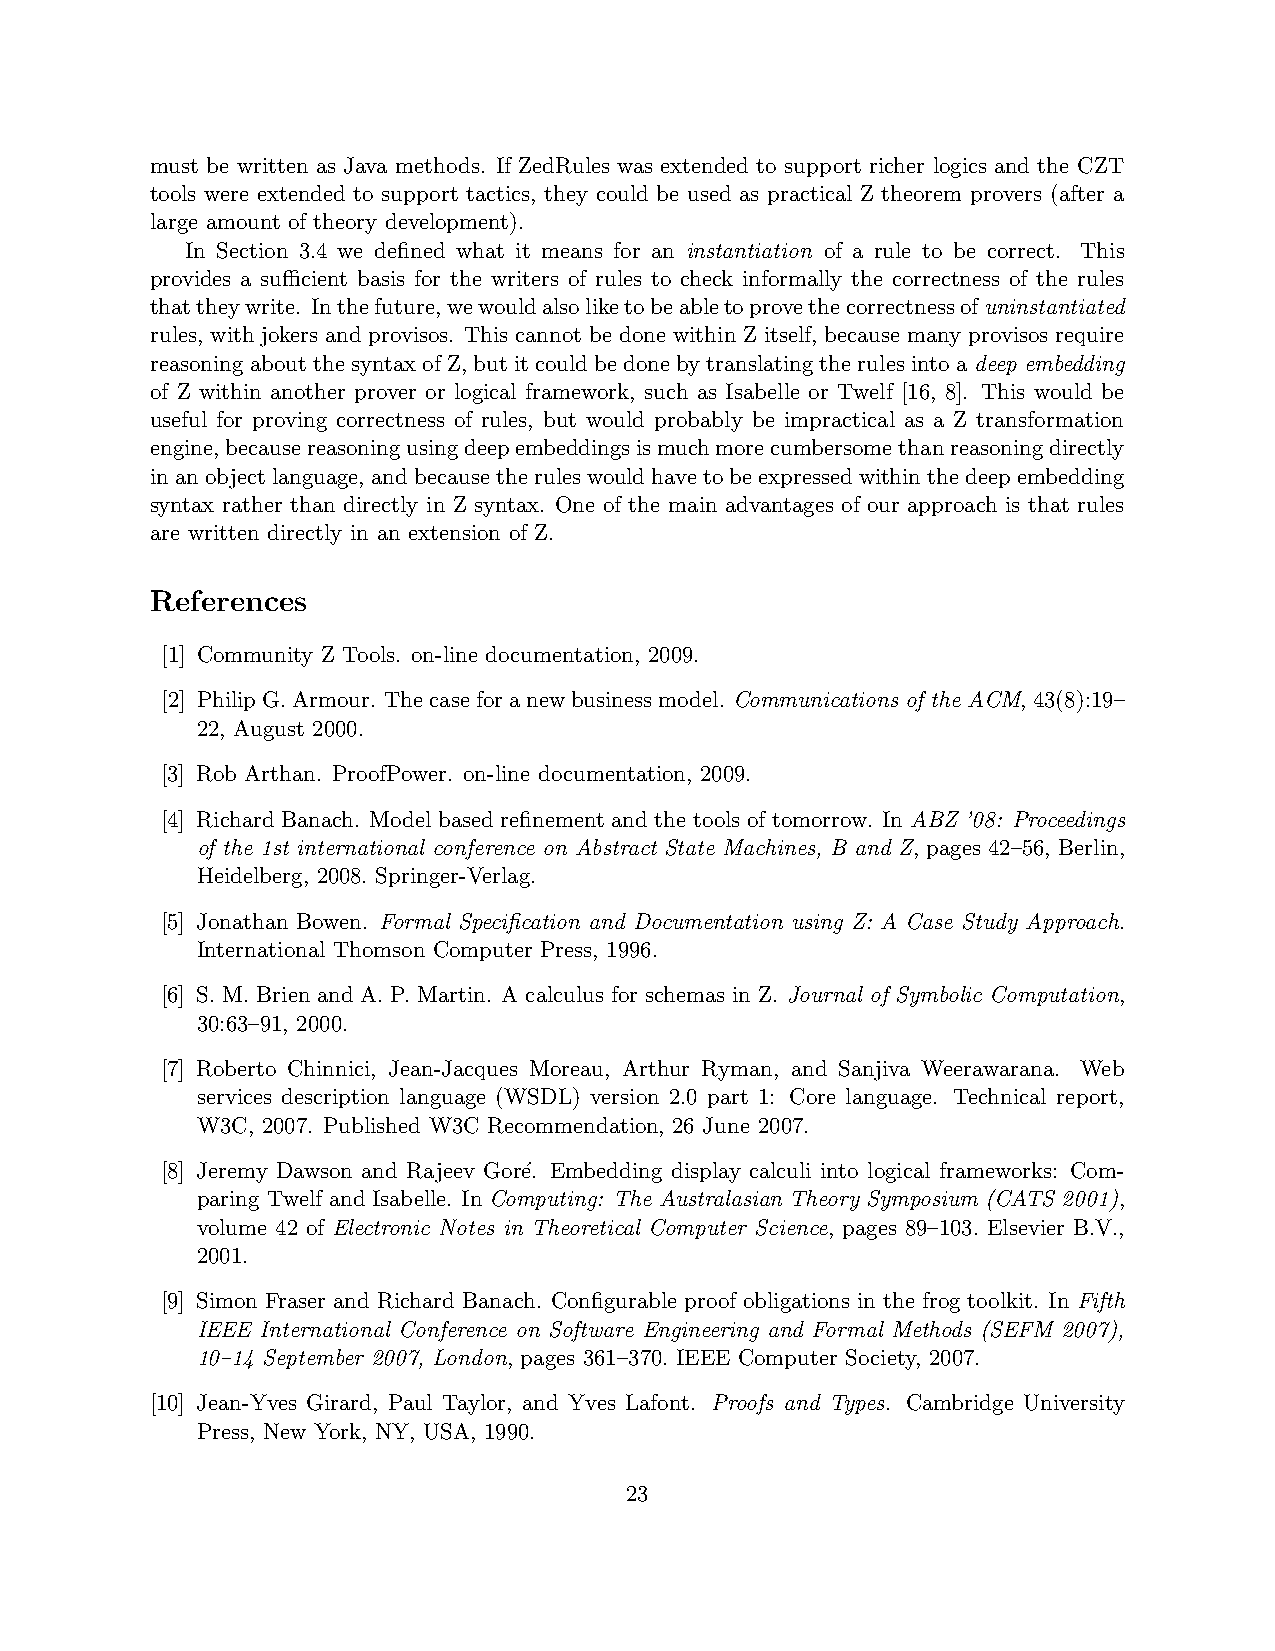
must be written as Java methods. If ZedRules was extended to support richer logics and the CZT
 tools were extended to support tactics, they could be used as practical Z theorem provers (after a
 large amount of theory development).
 In Section 3.4 we defined what it means for an instantiation of a rule to be correct. This
 provides a sufficient basis for the writers of rules to check informally the correctness of the rules
 thattheywrite. Inthefuture,wewouldalsoliketobeabletoprovethecorrectnessofuninstantiated
 rules, with jokers and provisos. This cannot be done within Z itself, because many provisos require
 reasoningaboutthesyntaxofZ,butitcouldbedonebytranslatingtherulesintoadeep embedding
 of Z within another prover or logical framework, such as Isabelle or Twelf [16, 8]. This would be
 useful for proving correctness of rules, but would probably be impractical as a Z transformation
 engine,becausereasoningusingdeepembeddingsismuchmorecumbersomethanreasoningdirectly
 inanobjectlanguage, andbecausetheruleswouldhavetobeexpressedwithinthedeepembedding
 syntax rather than directly in Z syntax. One of the main advantages of our approach is that rules
 are written directly in an extension of Z.
 References
 [1] Community Z Tools. on-line documentation, 2009.
 [2] PhilipG.Armour. Thecaseforanewbusinessmodel. Communications of the ACM,43(8):19–
 22, August 2000.
 [3] Rob Arthan. ProofPower. on-line documentation, 2009.
 [4] Richard Banach. Model based refinement and the tools of tomorrow. In ABZ ’08: Proceedings
 of the 1st international conference on Abstract State Machines, B and Z, pages 42–56, Berlin,
 Heidelberg, 2008. Springer-Verlag.
 [5] Jonathan Bowen. Formal Specification and Documentation using Z: A Case Study Approach.
 International Thomson Computer Press, 1996.
 [6] S. M. Brien and A. P. Martin. A calculus for schemas in Z. Journal of Symbolic Computation,
 30:63–91, 2000.
 [7] Roberto Chinnici, Jean-Jacques Moreau, Arthur Ryman, and Sanjiva Weerawarana. Web
 services description language (WSDL) version 2.0 part 1: Core language. Technical report,
 W3C, 2007. Published W3C Recommendation, 26 June 2007.
 [8] Jeremy Dawson and Rajeev Gor´e. Embedding display calculi into logical frameworks: Com-
 paring Twelf and Isabelle. In Computing: The Australasian Theory Symposium (CATS 2001),
 volume 42 of Electronic Notes in Theoretical Computer Science, pages 89–103. Elsevier B.V.,
 2001.
 [9] Simon Fraser and Richard Banach. Configurable proof obligations in the frog toolkit. In Fifth
 IEEE International Conference on Software Engineering and Formal Methods (SEFM 2007),
 10–14 September 2007, London, pages 361–370. IEEE Computer Society, 2007.
 [10] Jean-Yves Girard, Paul Taylor, and Yves Lafont. Proofs and Types. Cambridge University
 Press, New York, NY, USA, 1990.
 23